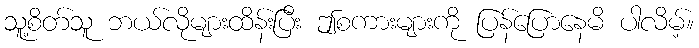
သူ့စိတ်သူ ဘယ်လိုများထိန်းပြီး ဤစကားများကို ပြန်ပြောနေမိ ပါလိမ့်။